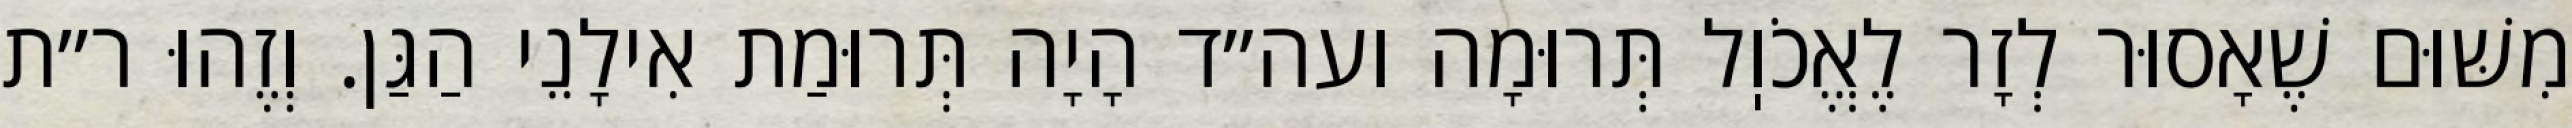
מִשּׁוּם שֶׁאָסוּר לְזָר לֶאֱכֹוֽל תְּרוּמָה ועה״ד הָיָה תְּרוּמַת אִילָנֵי הַגַּן. וְזֶהוּ ר״ת